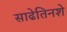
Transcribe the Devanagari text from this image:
साढेतिनशे